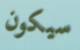
سيكون